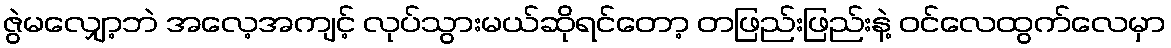
ဇွဲမလျှော့ဘဲ အလေ့အကျင့် လုပ်သွားမယ်ဆိုရင်တော့ တဖြည်းဖြည်းနဲ့ ဝင်လေထွက်လေမှာ